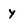
Character: y